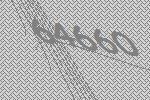
64660